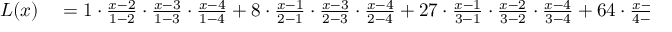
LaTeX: \begin{array} { r l } { L ( x ) } & { { } = { 1 } \cdot { \frac { x - 2 } { 1 - 2 } } \cdot { \frac { x - 3 } { 1 - 3 } } \cdot { \frac { x - 4 } { 1 - 4 } } + { 8 } \cdot { \frac { x - 1 } { 2 - 1 } } \cdot { \frac { x - 3 } { 2 - 3 } } \cdot { \frac { x - 4 } { 2 - 4 } } + { 2 7 } \cdot { \frac { x - 1 } { 3 - 1 } } \cdot { \frac { x - 2 } { 3 - 2 } } \cdot { \frac { x - 4 } { 3 - 4 } } + { 6 4 } \cdot { \frac { x - 1 } { 4 - 1 } } \cdot { \frac { x - 2 } { 4 - 2 } } \cdot { \frac { x - 3 } { 4 - 3 } } } \end{array}